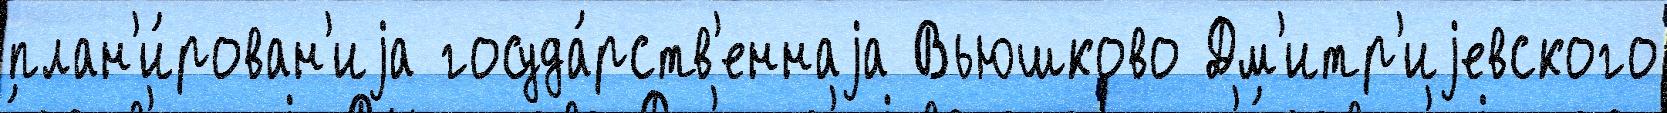
план'и́рован'иjа госуда́рств'еннаjа Вьюшково Дм'итр'иjевского